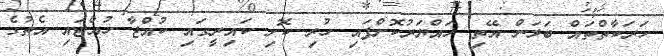
ހަރަކާތްތައް ބަލަން އޭތި ހައްޔަރުކޮށްފައި ހުރި ކޮށި ކައިރީގައި ކުއްޖާ ހުއްޓައި އެތުގެ